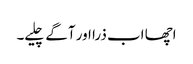
اچھا اب ذرا اور آگے چلیے۔